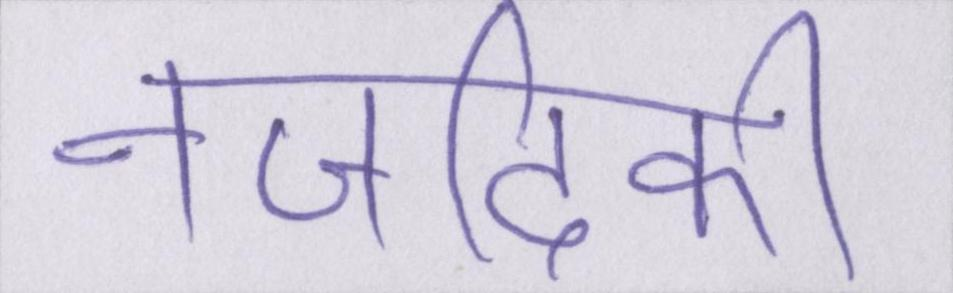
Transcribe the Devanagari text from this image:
नजदीकी